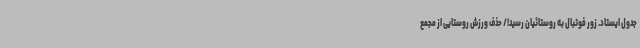
جدول ایستاد. زور فوتبال به روستائیان رسید!/ حذف ورزش روستایی از مجمع